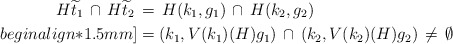
\begin{align*}H \widetilde{t}_1 \,\cap\, H \widetilde{t}_2 \,& = \, H (k_1, g_1) \,\cap\, H (k_2, g_2) \\begin{align*}1.5mm] & = (k_1, V(k_1)(H) g_1) \,\cap\, (k_2, V(k_2)(H) g_2) \,\neq \,\emptyset\end{align*}